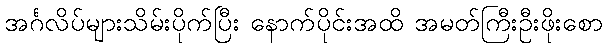
အင်္ဂလိပ်များသိမ်းပိုက်ပြီး နောက်ပိုင်းအထိ အမတ်ကြီးဦးဖိုးစော